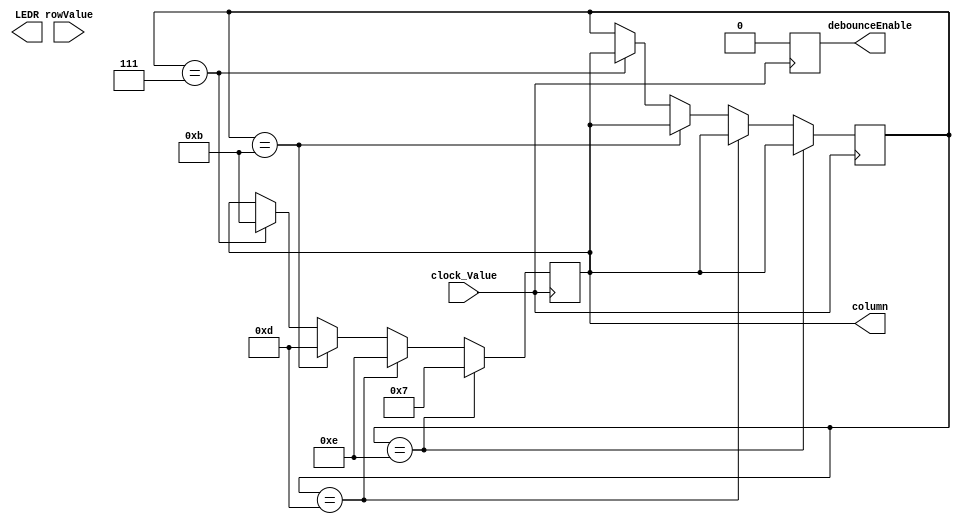
module ColumnGeneration(
	input clock_Value,
	input wire[3:0] rowValue,
	
	output reg[3:0] column,
	output reg debounceEnable,
	output[17:0]LEDR
);

reg[3:0] colValue;
initial colValue = 4'b1110;

always @ (posedge clock_Value)
begin
		/*if(rowValue != 4'b1111) begin
			debounceEnable = 1;
		end
		else begin*/
			debounceEnable = 0; 
	// Rotating the column every clock count...
			if (colValue == 4'b1110) begin
				column <= 4'b0111;
				colValue <= column;
				end
			else if (colValue == 4'b1101) begin
				column <= 4'b1110;
				colValue <= column;
				end
			else if (colValue == 4'b1011) begin
				column <= 4'b1101;
				colValue <= column;
				end
			else if (colValue == 4'b0111) begin
				column <= 4'b1011;
				colValue <= column;
				end
		//end
end

assign LEDR[10:7] = colValue;
assign LEDR[15:12] = column;
endmodule